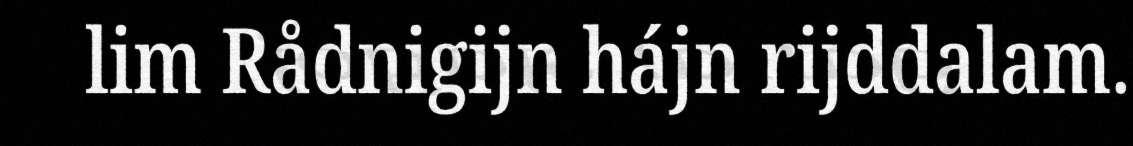
lim Rådnigijn hájn rijddalam.